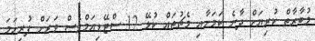
މުބާރާތް ކުރިޔަށް ދާނެ ކަމަށާއި މެޗުތައް ކުޅޭ 12 ސްޓޭޑިއަމްވެސް ވަރަށް ފުރިހަމަ